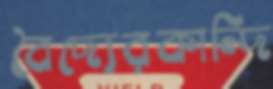
বৈদ্যেরকান্দি